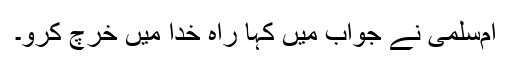
ام‌سلمی نے جواب میں کہا راہ خدا میں خرچ کرو۔